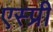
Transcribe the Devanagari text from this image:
एस्प्री